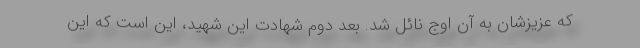
که عزیزشان به آن اوج نائل شد. بعد دوم شهادت این شهید، این است که این